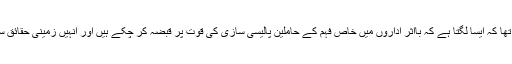
اس مرحلہ پر بھی یہ عرض کیا تھا کہ ایسا لگتا ہے کہ بااثر اداروں میں خاص فہم کے حاملین پالیسی سازی کی قوت پر قبضہ کر چکے ہیں اور انہیں زمینی حقائق سے زیادہ وقتی مفادات عزیز ہیں۔